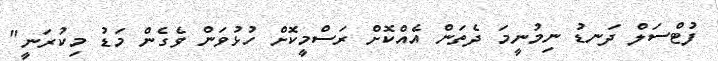
ފުޓްސަލް ދަނޑު ނިމުނީމަ ދެތަން އެއްކޮށް ރަސްމީކޮށް ހުޅުވަން ވެގެން މަޑު މިކުރަނީ"